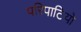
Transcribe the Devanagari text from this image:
परिपाटियो